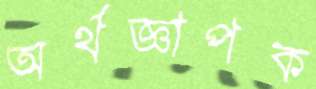
অর্থজ্ঞাপক